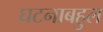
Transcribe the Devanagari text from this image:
घटनाबहुल